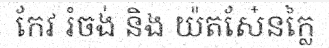
កែវ រំចង់ និង យ៉តសែ៎នក្លៃ